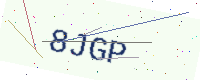
Text: 8JGP